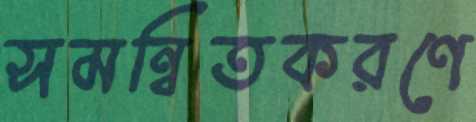
সমন্বিতকরণে